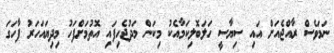
ނަމަވެސް ރާއްޖެއަށް އައި ސިޔާސީ ހަލަބޮލިކަމާއެކު މިކަން މަދުޖެހިފައި އޮތުމަށްފަހު މިދިޔައަހަރު ފާހަގަ